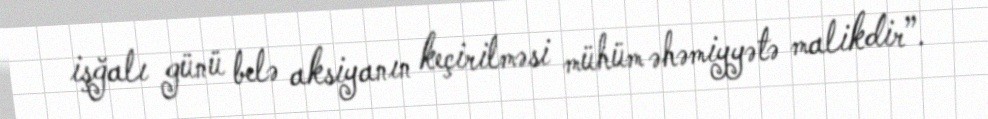
işğalı günü belə aksiyanın keçirilməsi mühüm əhəmiyyətə malikdir”.